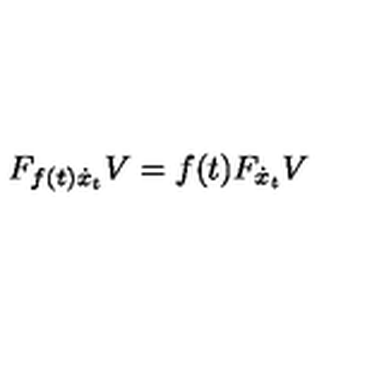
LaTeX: F _ { f ( t ) \dot { x } _ { t } } V = f ( t ) F _ { \dot { x } _ { t } } V